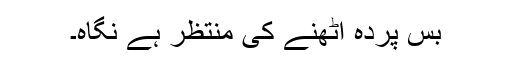
بس پردہ اٹھنے کی منتظر ہے نگاہ۔